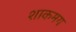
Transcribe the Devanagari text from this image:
शाकमय